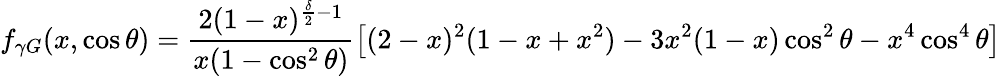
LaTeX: f_{\gamma G}(x,\cos\theta)=\frac{2(1-x)^{\frac{\delta}{2}-1}}{x(1-\cos^{2}\theta)}\left[(2-x)^{2}(1-x+x^{2})-3x^{2}(1-x)\cos^{2}\theta-x^{4}\cos^{4}\theta\right]